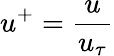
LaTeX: u^{+}=\frac{u}{u_{\tau}}